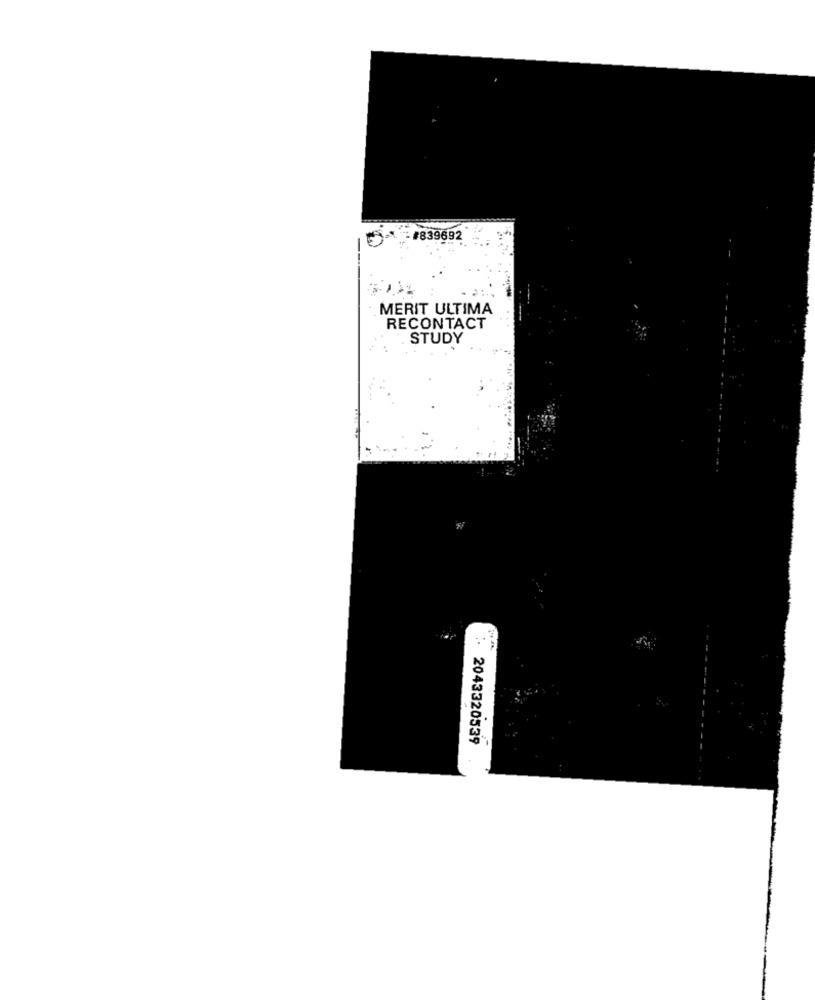
39692
MERIT ULTIMA
RECONTACT
STUDY
: 2043320539